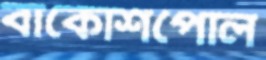
বাকোশপোল